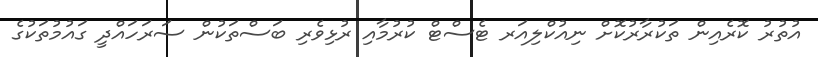
އުތުރު ކޮރެއިން ތަކުރާރުކޮށް ނިއުކްލިއަރ ޓެސްޓް ކުރުމާއި ރުޅިވެރި ބަސްތަކުން ސަރަހައްދީ ގައުމުތަކުގެ